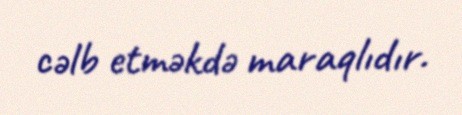
cəlb etməkdə maraqlıdır.